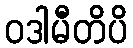
ဝဒါမီတိပိ